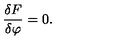
\frac { \delta F } { \delta \varphi } = 0 .